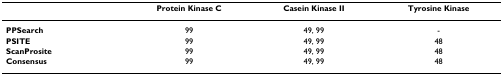
|  | Protein Kinase C | Casein Kinase II | Tyrosine Kinase |
 | --- | --- | --- | --- |
 | PPSearch | 99 | 49, 99 | - |
 | PSITE | 99 | 49, 99 | 48 |
 | ScanProsite | 99 | 49, 99 | 48 |
 | Consensus | 99 | 49, 99 | 48 |